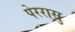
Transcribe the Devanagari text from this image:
पेररासु